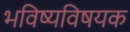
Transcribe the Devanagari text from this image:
भविष्यविषयक